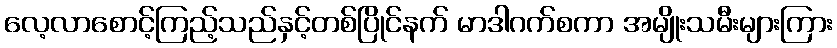
လေ့လာစောင့်ကြည့်သည်နှင့်တစ်ပြိုင်နက် မာဒါဂက်စကာ အမျိုးသမီးများကြား